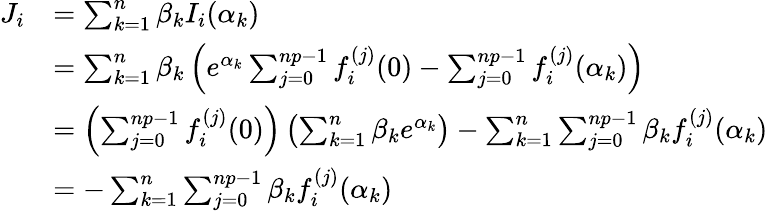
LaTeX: {\begin{array}{rl}{J_{i}}&{=\sum_{k=1}^{n}\beta_{k}I_{i}(\alpha_{k})}\\ &{=\sum_{k=1}^{n}\beta_{k}\left(e^{\alpha_{k}}\sum_{j=0}^{np-1}f_{i}^{(j)}(0)-\sum_{j=0}^{np-1}f_{i}^{(j)}(\alpha_{k})\right)}\\ &{=\left(\sum_{j=0}^{np-1}f_{i}^{(j)}(0)\right)\left(\sum_{k=1}^{n}\beta_{k}e^{\alpha_{k}}\right)-\sum_{k=1}^{n}\sum_{j=0}^{np-1}\beta_{k}f_{i}^{(j)}(\alpha_{k})}\\ &{=-\sum_{k=1}^{n}\sum_{j=0}^{np-1}\beta_{k}f_{i}^{(j)}(\alpha_{k})}\end{array}}